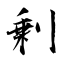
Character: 剰